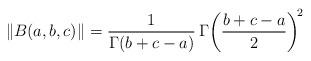
LaTeX: \begin{align*}\left\Vert B(a,b,c)\right\Vert =\frac{1}{\Gamma(b+c-a)}\,\Gamma\!\left(\frac{b+c-a}{2}\right)^{\!2}\end{align*}